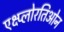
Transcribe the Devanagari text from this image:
एक्ष्प्लोरतिओन